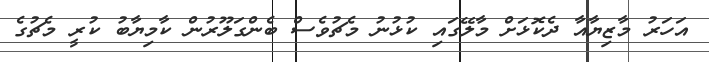
އަހަރު މާޒިޔާއާ ދެކޮޅަށް މާލޭގައި ކުޅުނު މެޗުވެސް ބެންގަލޫރުން ކާމިޔާބު ކުރީ މެޗުގެ